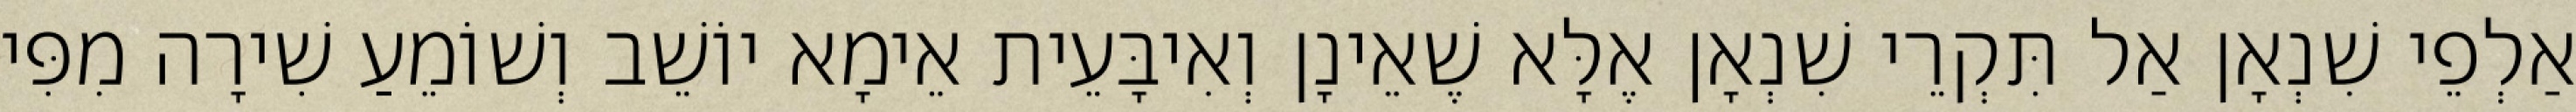
אַלְפֵי שִׁנְאָן אַל תִּקְרֵי שִׁנְאָן אֶלָּא שֶׁאֵינָן וְאִיבָּעֵית אֵימָא יוֹשֵׁב וְשׁוֹמֵעַ שִׁירָה מִפִּי